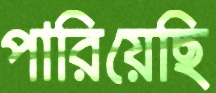
পারিয়েছি